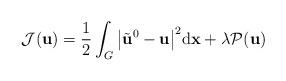
LaTeX: \begin{align*}\mathcal{J}(\mathbf{u}) =\frac{1}{2} \int_{G} \big|\tilde{\mathbf{u}}^{0} - \mathbf{u}\big|^{2} \mathrm{d}\mathbf{x} +\lambda \mathcal{P}(\mathbf{u})\end{align*}